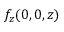
f _ { z } ( 0 , 0 , z )